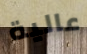
عالية